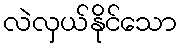
လဲလှယ်နိုင်သော